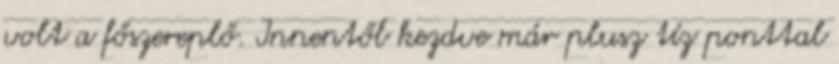
volt a főszereplő. Innentől kezdve már plusz tíz ponttal